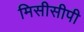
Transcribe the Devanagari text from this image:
मिसीसीपी